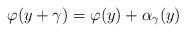
LaTeX: \begin{align*}\varphi(y+\gamma)= \varphi (y) + \alpha_{\gamma} (y) \end{align*}